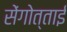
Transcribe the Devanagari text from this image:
सेंगोत्ताई